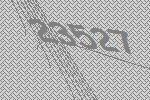
23527